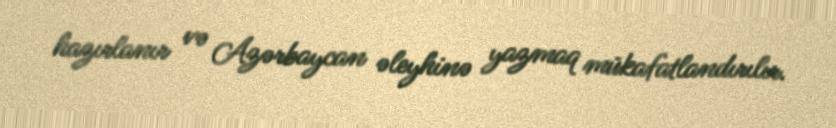
hazırlanır və Azərbaycan əleyhinə yazmaq mükafatlandırılır.